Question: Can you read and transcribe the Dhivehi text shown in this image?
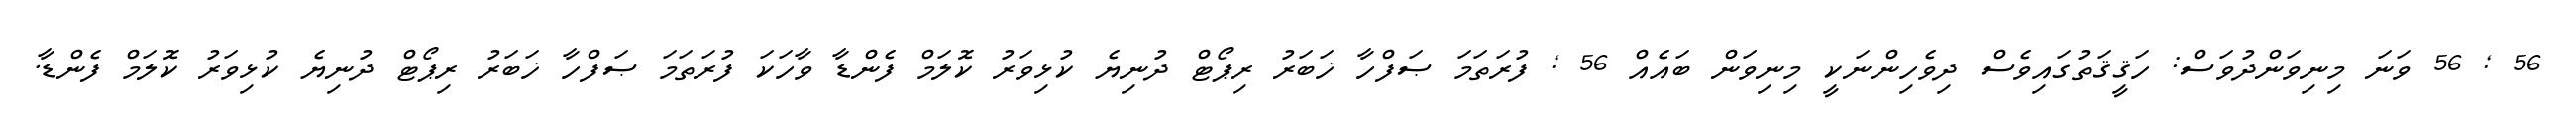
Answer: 56 ; 56 ވަނަ މިނިވަންދުވަސް: ހަޤީޤަތުގައިވެސް ދިވެހިންނަކީ މިނިވަން ބައެއް 56 ; ފުރަތަމަ ޞަފްހާ ޚަބަރު ރިޕޯޓް ދުނިޔެ ކުޅިވަރު ކޮލަމް ފެންޑާ ވާހަކަ ފުރަތަމަ ޞަފްހާ ޚަބަރު ރިޕޯޓް ދުނިޔެ ކުޅިވަރު ކޮލަމް ފެންޑާ.